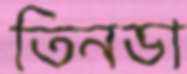
তিনডা